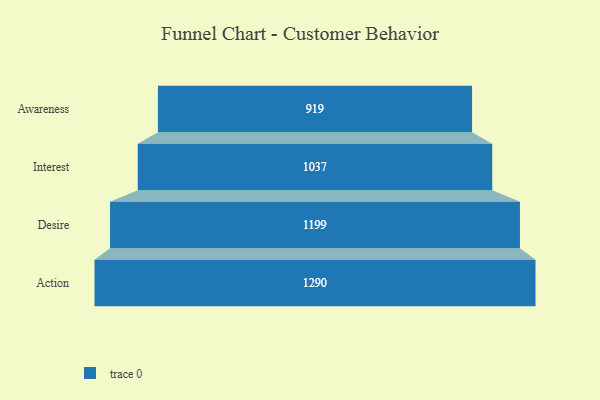
{"axis": {"x": "Stage", "y": "Value"}, "legend": [""], "data": [{"x": "Awareness", "y": 919.0, "type": ""}, {"x": "Interest", "y": 1037.0, "type": ""}, {"x": "Desire", "y": 1199.0, "type": ""}, {"x": "Action", "y": 1290.0, "type": ""}]}